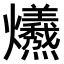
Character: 𤓚